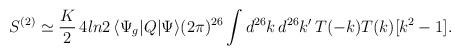
\begin{align*}S^{(2)}\simeq\frac K2\, 4ln2\,\langle\Psi_g|Q|\Psi\rangle (2\pi)^{26}\int d^{26}k\, d^{26}k' \, T(-k)T(k)[k^2-1] .\end{align*}